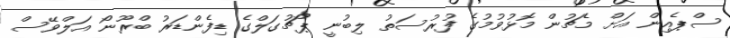
ސްޕެއިން އަށް މެޗުން މޮޅުވުމުގެ ފުރުސަތު ލިބުނީ ޕޯޗުގަލްގެ ޑިފެންޑަރު ބްރޫނޯ އަލްވޭސް